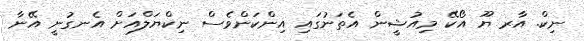
ނިކް. އާރ ޔޫ އޯކޭ މިއުޝީން އެތަނުގައި އިންކަންވެސް ނިކްޔަލްއަށް އެނގުނީ އޭނާ